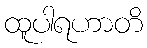
ထူပါရဟာတိ